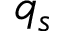
q _ { s }